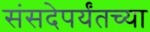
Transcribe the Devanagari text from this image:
संसदेपर्यंतच्या